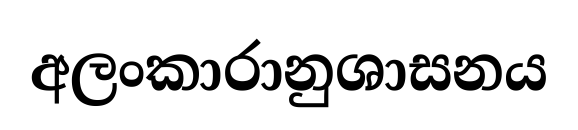
අලංකාරානුශාසනය